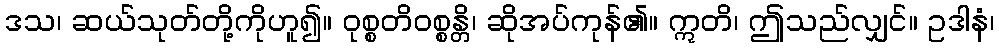
ဒသ၊ ဆယ်သုတ်တို့ကိုဟူ၍။ ဝုစ္စတိဝစ္စန္တိ၊ ဆိုအပ်ကုန်၏။ ဣတိ၊ ဤသည်လျှင်။ ဥဒါနံ၊